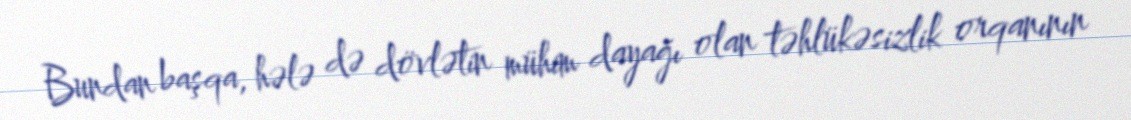
Bundan başqa, hələ də dövlətin mühim dayağı olan təhlükəsizlik orqanının